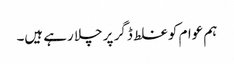
ہم عوام کو غلط ڈگر پر چلا رہے ہیں۔